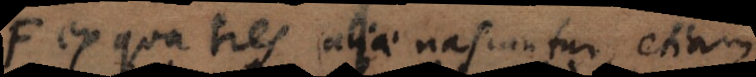
e ex qua tres aliae nascuntur, etiam